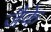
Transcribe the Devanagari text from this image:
जैके